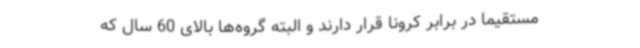
مستقیما در برابر کرونا قرار دارند و البته گروه‌ها بالای 60 سال که